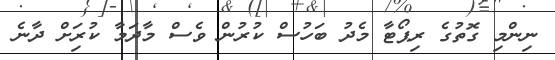
ނިންމި ގޮތުގެ ރިޕޯޓާ މެދު ބަހުސް ކުރުން ވެސް މާދަމާ ކުރިަށް ދާނެ